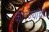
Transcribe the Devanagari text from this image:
कारंज्यांचा